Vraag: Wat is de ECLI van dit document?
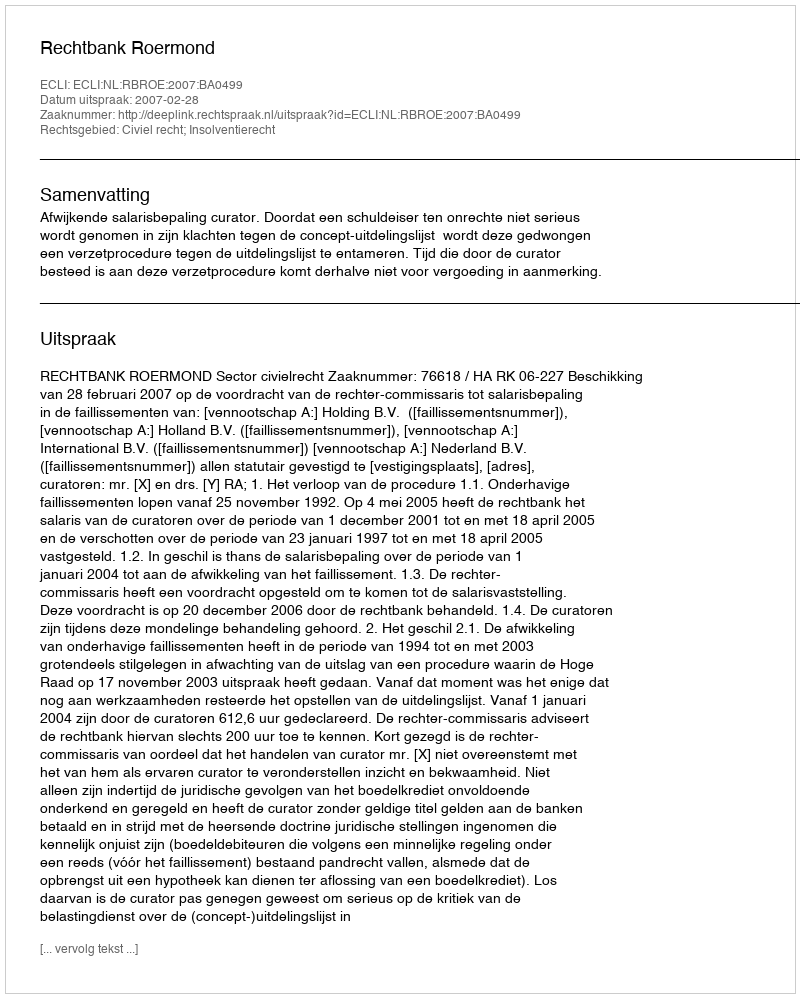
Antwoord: ECLI:NL:RBROE:2007:BA0499